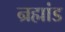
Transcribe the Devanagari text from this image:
न्रह्मांड